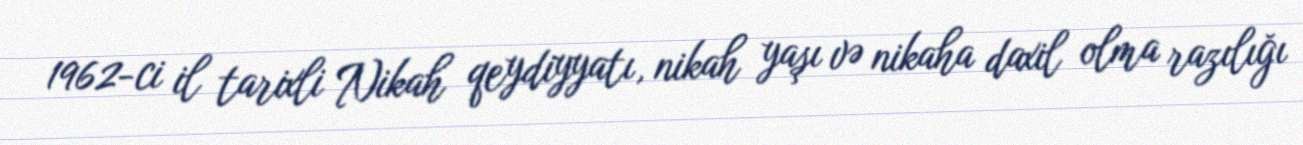
1962-ci il tarixli Nikah qeydiyyatı, nikah yaşı və nikaha daxil olma razılığı